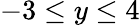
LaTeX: -3\leq y\leq 4